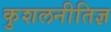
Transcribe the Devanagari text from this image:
कुशलनीतिज्ञ